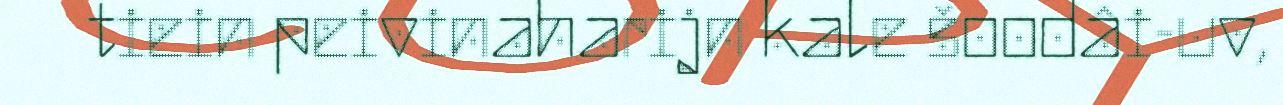
tiein peivinaharijn kale šoodâi-uv,